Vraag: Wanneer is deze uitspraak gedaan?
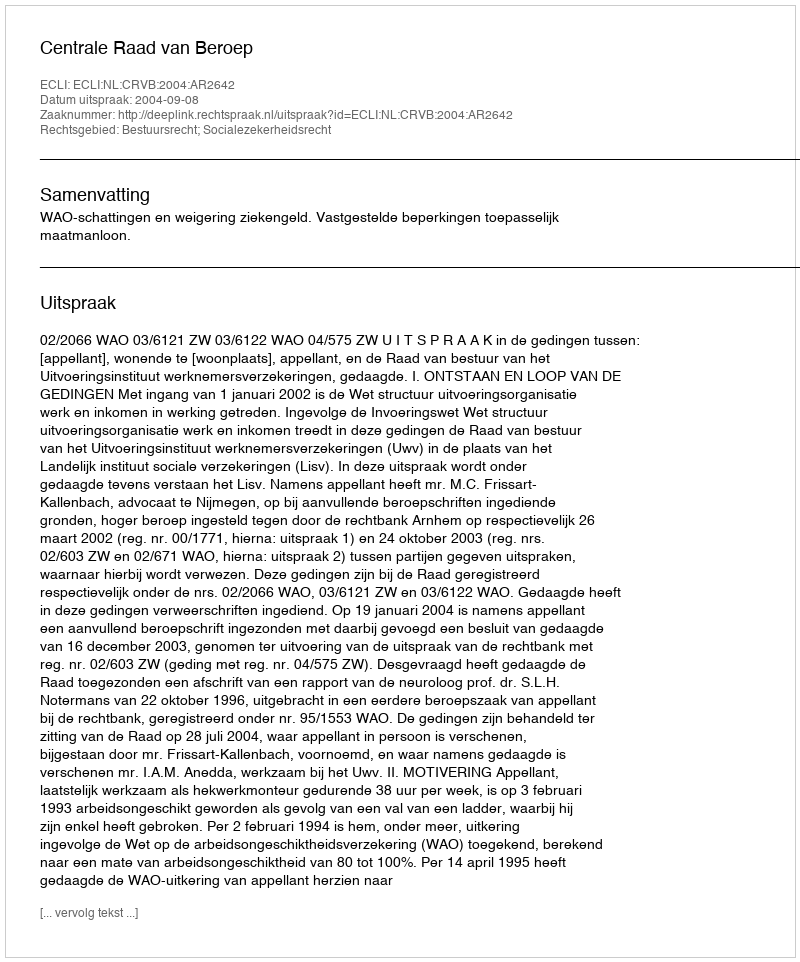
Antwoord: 2004-09-08